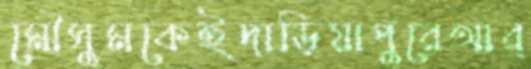
মৌসুমকেইদাড়িয়াপুরেআর্